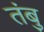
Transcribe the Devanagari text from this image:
तंबु